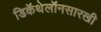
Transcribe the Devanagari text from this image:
डिकॅथेलॉनसारखी